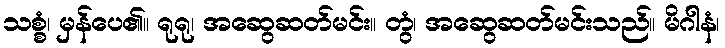
သစ္စံ၊ မှန်ပေ၏။ ရုရု၊ အဆွေဆတ်မင်း။ တွံ၊ အဆွေဆတ်မင်းသည်။ မိဂါနံ၊